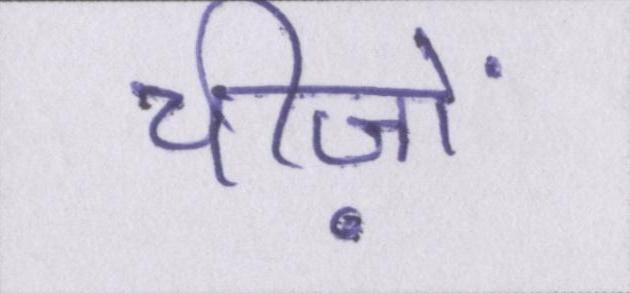
चीज़ों